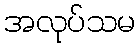
အလုပ်သမ